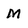
Character: M